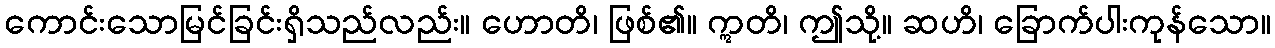
ကောင်းသောမြင်ခြင်းရှိသည်လည်း။ ဟောတိ၊ ဖြစ်၏။ ဣတိ၊ ဤသို့။ ဆဟိ၊ ခြောက်ပါးကုန်သော။